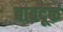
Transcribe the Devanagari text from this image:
बाबदूक